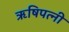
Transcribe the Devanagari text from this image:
ऋषिपत्नी